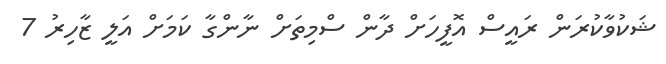
ޝަކުވާކުރަން ރައީސް އޮފީހަށް ދާން ސްމިތަށް ނާންގާ ކަމަށް އަލީ ޒާހިރު 7